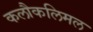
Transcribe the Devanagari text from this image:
कलौकलिमल